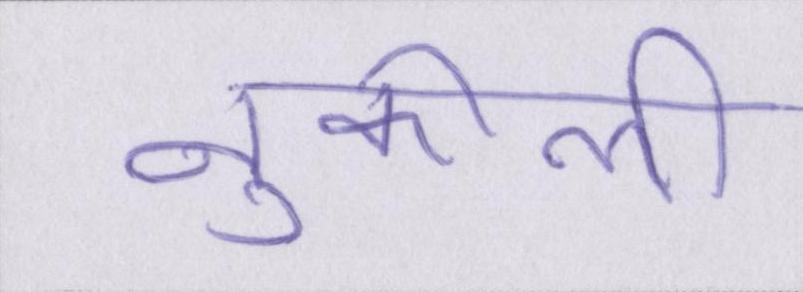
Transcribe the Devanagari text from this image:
नुकीली